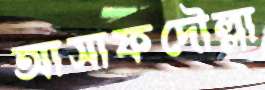
আসাফদৌল্লা